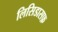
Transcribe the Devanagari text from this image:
लिसिडासफ़